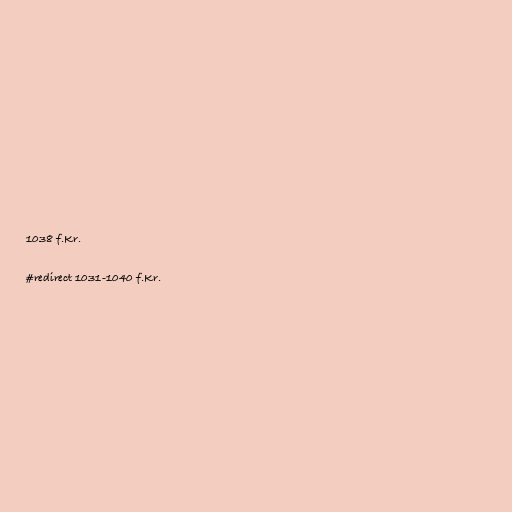
1038 f.Kr.

#redirect 1031-1040 f.Kr.